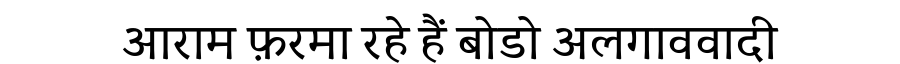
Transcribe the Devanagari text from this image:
आराम फ़रमा रहे हैं बोडो अलगाववादी